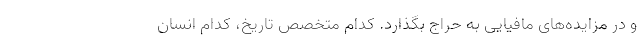
و در مزایده‌های مافیایی به حراج بگذارد. کدام متخصص تاریخ، کدام انسان